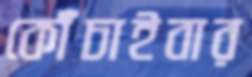
কোঁচাইবার